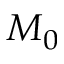
M _ { 0 }